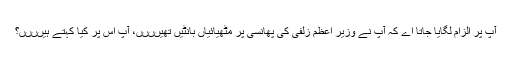
آپ پر اَلزام لگایا جاتا اے کہ آپ نے وزیر اعظم زلفی کی پھانسی پر مٹھیائیاں بانٹیں تھیںںںں، آپ اس پر کیا کہتے ہیںںںں؟